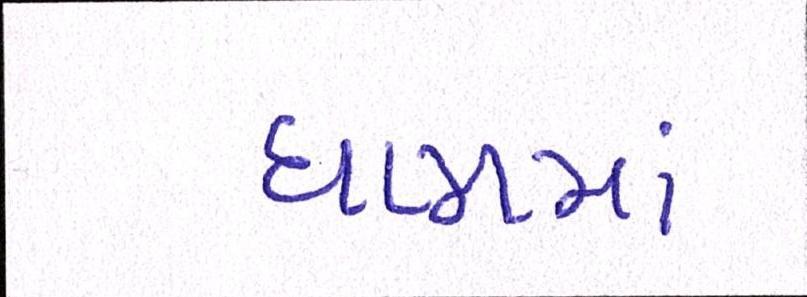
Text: ધામમાં